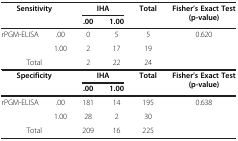
| <COLSPAN=2> Sensitivity | <COLSPAN=2> IHA | Total | Fisher’s Exact Test (p-value) |
 |  |  | .00 | 1.00 |  |  |
 | --- | --- | --- | --- | --- | --- |
 | rPGM-ELISA | .00 | 0 | 5 | 5 | 0.620 |
 |  | 1.00 | 2 | 17 | 19 |  |
 | <COLSPAN=2> Total | 2 | 22 | 24 |  |
 | <COLSPAN=2> Specificity | <COLSPAN=2> IHA | Total | Fisher’s Exact Test (p-value) |
 |  |  | .00 | 1.00 |  |  |
 | rPGM-ELISA | .00 | 181 | 14 | 195 | 0.638 |
 |  | 1.00 | 28 | 2 | 30 |  |
 | <COLSPAN=2> Total | 209 | 16 | 225 |  |